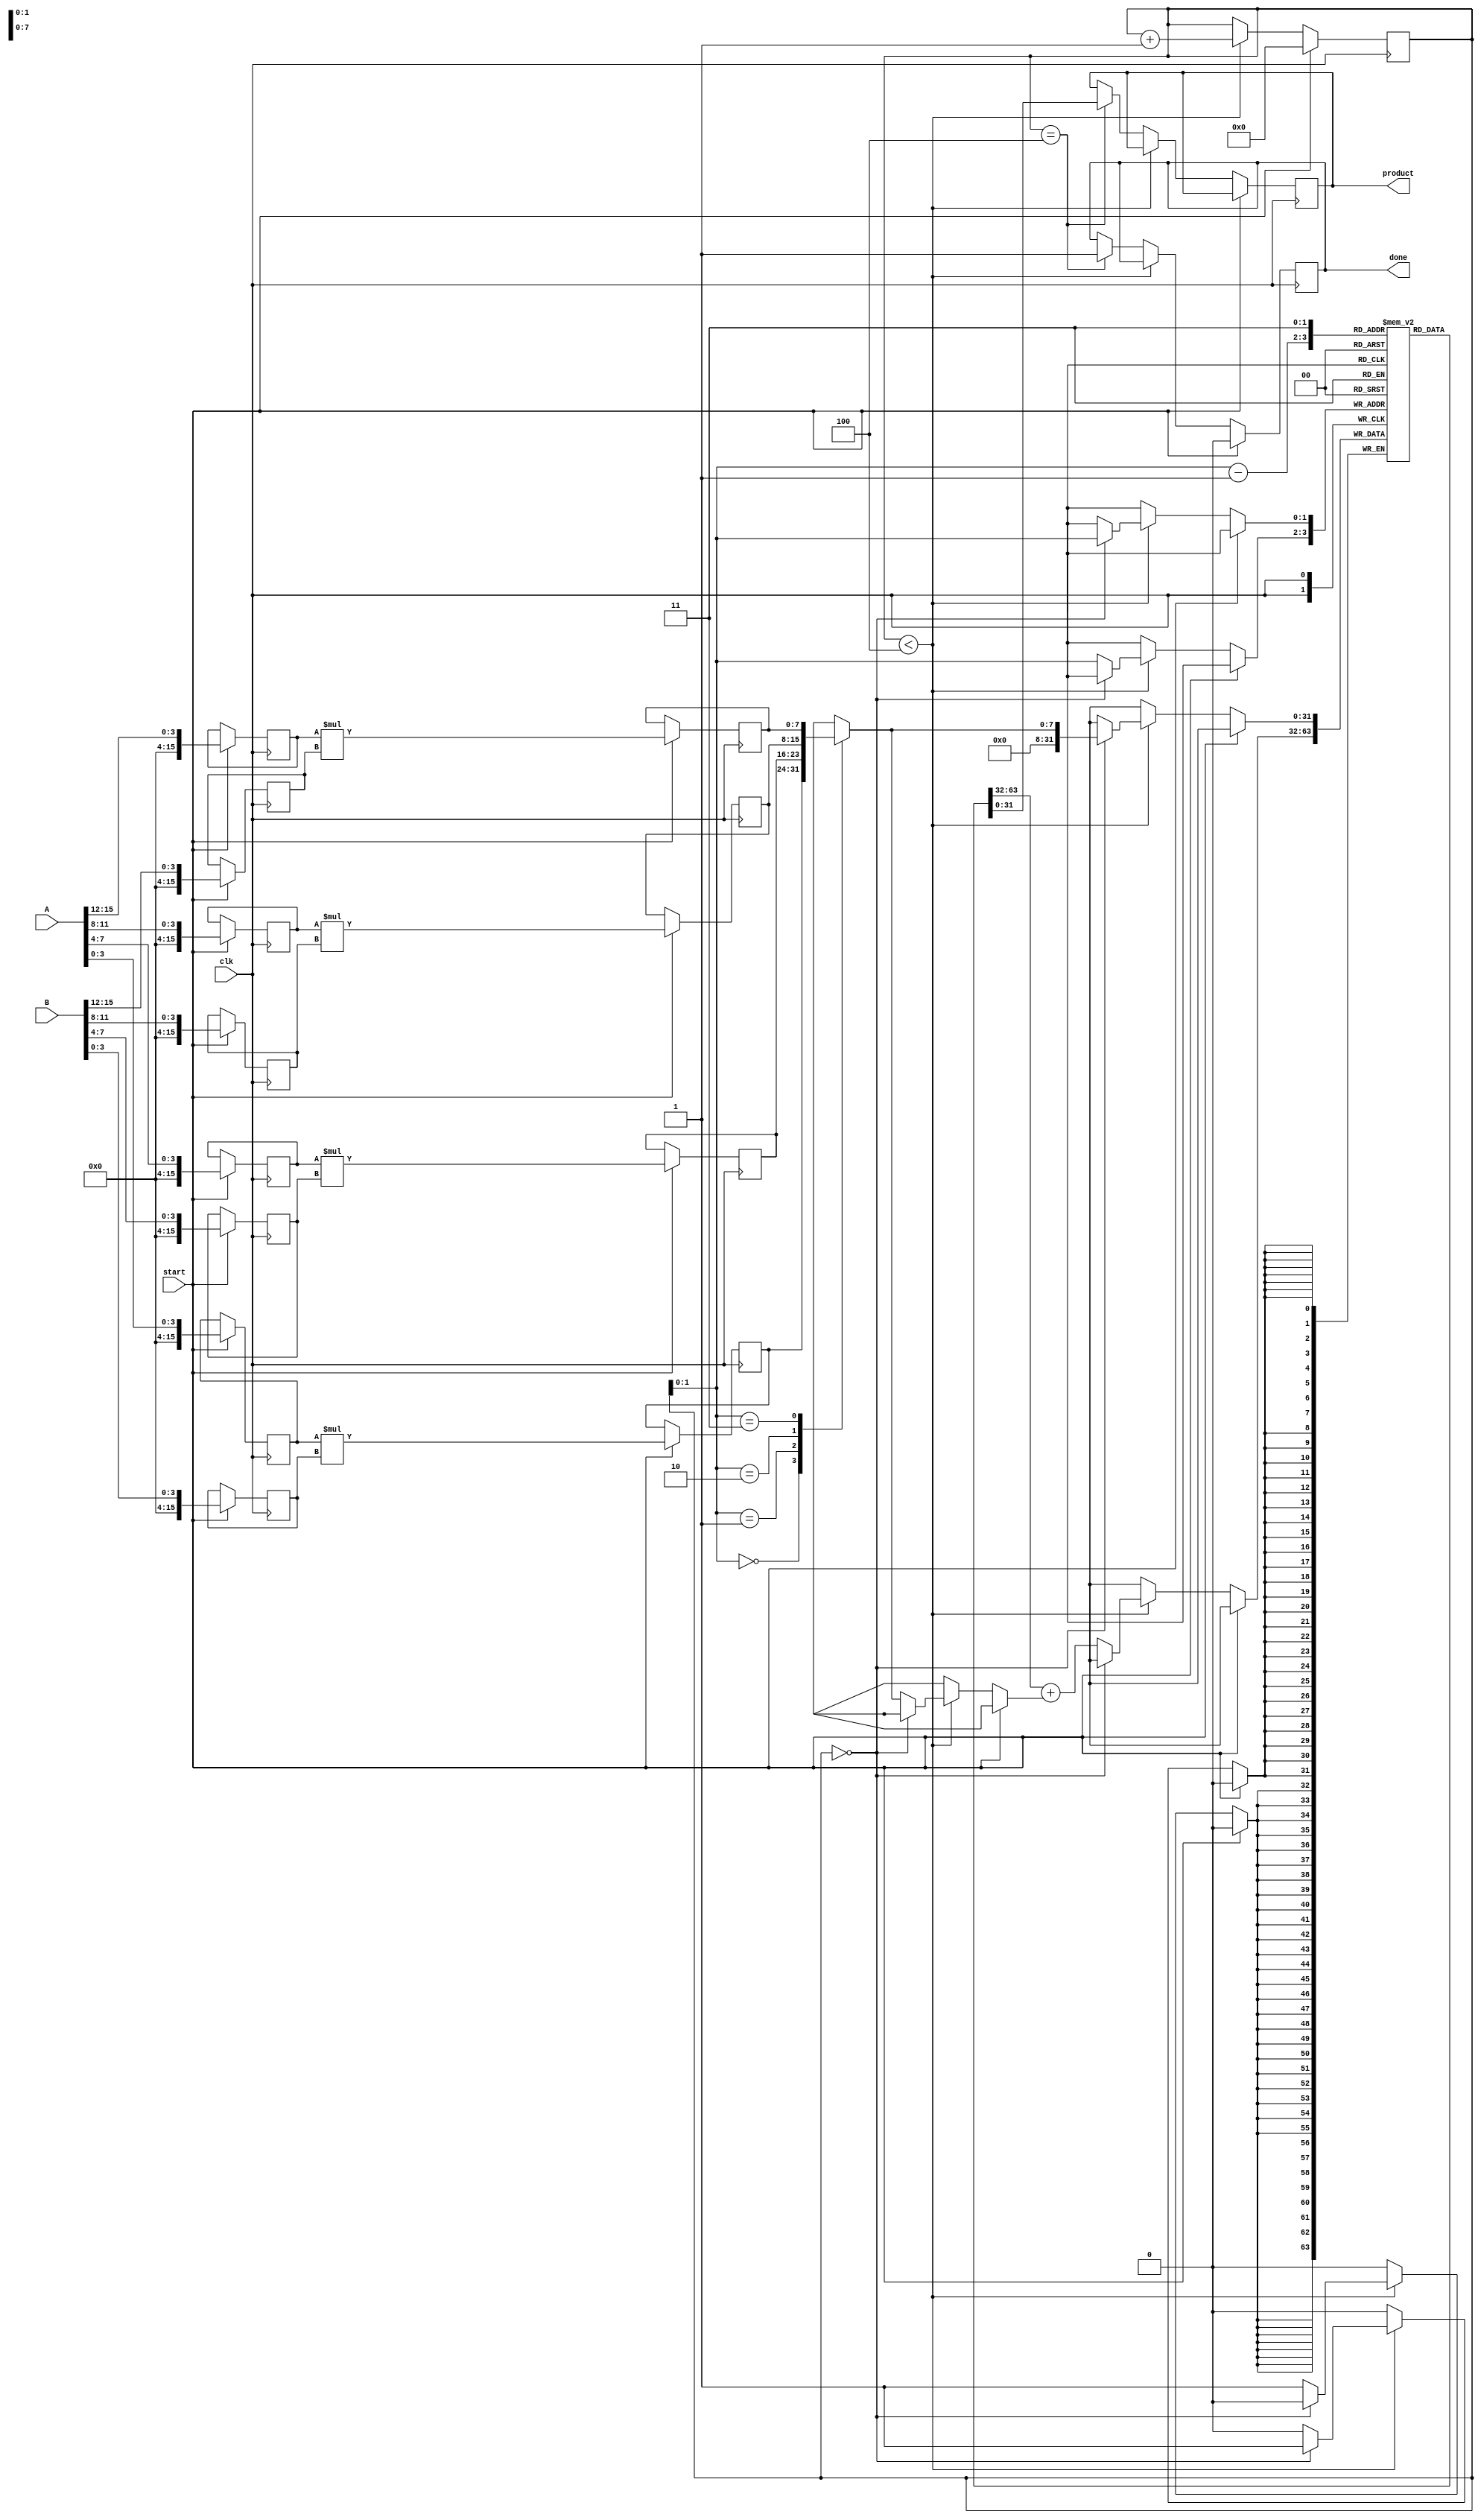
module pipelined_sliced_multiplier #(parameter N = 16, M = 4) (
    input  wire [N-1:0] A,
    input  wire [N-1:0] B,
    input  wire clk,
    input  wire start,
    output reg [2*N-1:0] product,
    output reg done
);
    
    localparam S = N / M;  // Number of slices
    reg [N-1:0] A_reg [0:S-1]; // Registers for A slices
    reg [N-1:0] B_reg [0:S-1]; // Registers for B slices
    reg [2*M-1:0] partial_product [0:S-1]; // Partial products
    reg [2*N-1:0] accum [0:S-1]; // Accumulated results
    reg [S-1:0] valid; // Valid signals for each slice
    reg [3:0] stage; // Stage counter
    reg [2*N-1:0] final_sum; // Final summation result

    // Slice generation and partial product computation
    integer i;
    always @(posedge clk) begin
        if (start) begin
            for (i = 0; i < S; i = i + 1) begin
                A_reg[i] <= A[(i+1)*M-1:i*M];
                B_reg[i] <= B[(i+1)*M-1:i*M];
                partial_product[i] <= A_reg[i] * B_reg[i]; // Generate partial product
                valid[i] <= 1'b1; // Mark slice as valid
            end
            stage <= 0;
            final_sum <= 0;
            done <= 0;
        end else if (stage < S) begin
            // Accumulate partial products
            if (stage == 0) begin
                accum[stage] <= partial_product[stage];
            end else begin
                accum[stage] <= accum[stage-1] + partial_product[stage];
            end
            stage <= stage + 1;
        end else if (stage == S) begin
            product <= accum[S-1]; // Final product
            done <= 1; // Indicate multiplication is done
        end
    end

endmodule